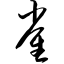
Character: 雀